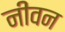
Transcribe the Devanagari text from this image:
नीवन